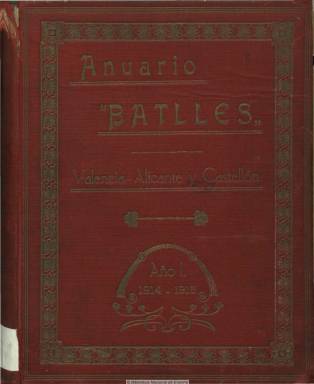
Título: Anuario "Batlles". Región Valenciana
Otros títulos: Anuario "Batlles". Valencia, Alicante y Castellón
Colección: Guías y directorios || Economía
Ámbito geográfico: Valencia
Lugar de publicación: Valencia
Fechas: 01/01/1914-31/12/1914

Sólo se conoce la entrega correspondiente a 1914-1915 de este anuario comercial, industrial y profesional referido a las provincias de Valencia, Alicante y Castellón, de en torno a las 500 páginas, editado por el impresor Federico Batlles. Se trata de una guía en la que aparecen los nombres y direcciones de los comerciantes e industriales de esta región, ordenados por sector de producción o profesional, especificado este en cinco idiomas, y agrupados por localidades. Al comienzo da cuenta de las tarifas de correos, telégrafos, paquetes postales, timbres del Estado, así como equivalencias de medias y pesas y monedas, como datos útiles para la exportación. También hace una reseña geográfica, histórica, estadística y artística de cada provincia. Inserta asimismo anuncios publicitarios. Al final contiene un índice alfabético de profesiones.